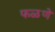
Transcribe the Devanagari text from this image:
फळणे